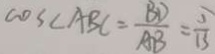
\cos \angle A B C = \frac { B D } { A B } = \frac { 5 } { 1 3 }